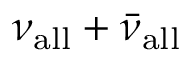
\nu _ { \mathrm { a l l } } + \bar { \nu } _ { \mathrm { a l l } }